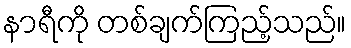
နာရီကို တစ်ချက်ကြည့်သည်။